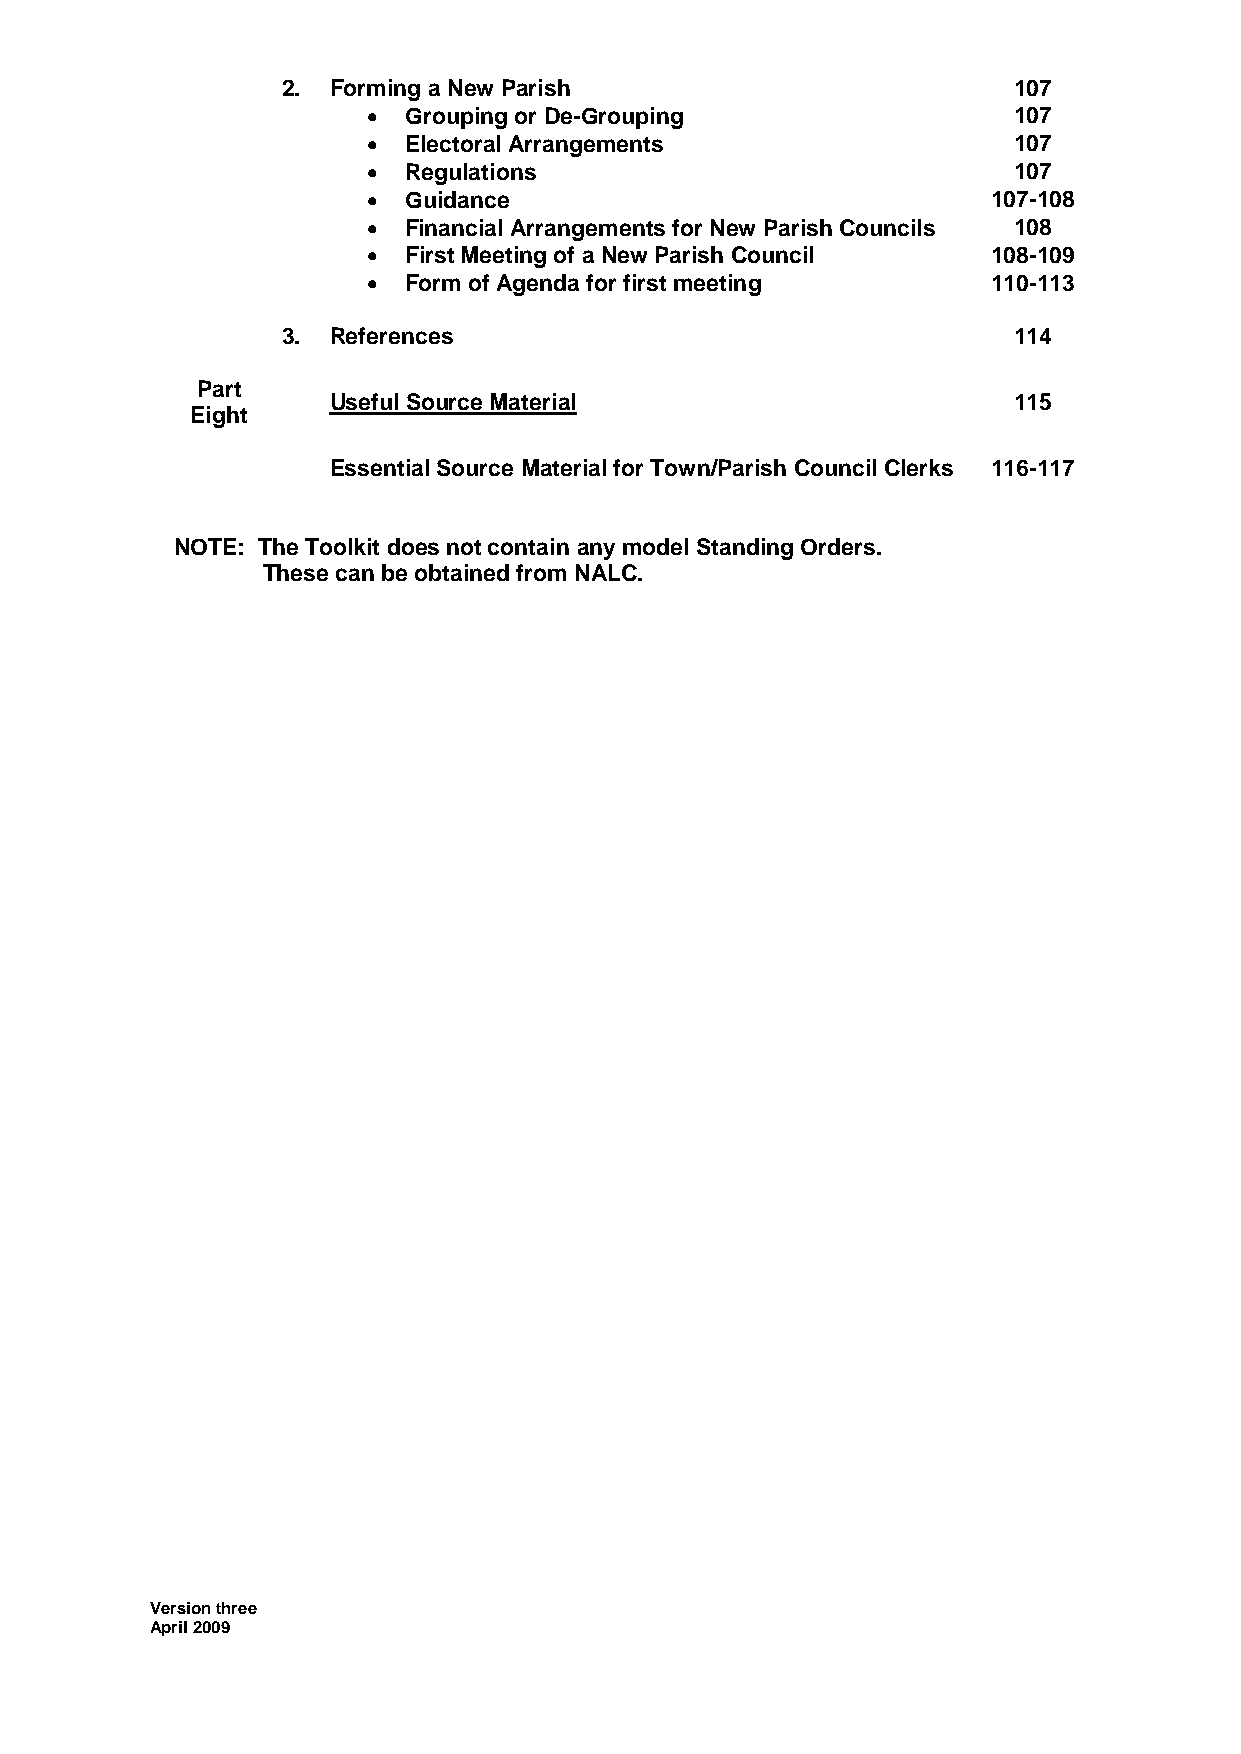
2. Forming a New Parish                         107
   Grouping or De-Grouping                 107
   Electoral Arrangements                  107
   Regulations                             107
   Guidance                               107-108
   Financial Arrangements for New Parish Councils 108
   First Meeting of a New Parish Council  108-109
   Form of Agenda for first meeting       110-113
 3. References                                   114
 Part
 Useful Source Material                       115
 Eight
 Essential Source Material for Town/Parish Council Clerks 116-117
 NOTE: The Toolkit does not contain any model Standing Orders.
 These can be obtained from NALC.
 Version three
 April 2009